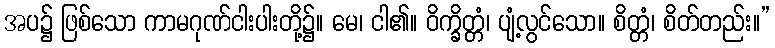
အပ၌ ဖြစ်သော ကာမဂုဏ်ငါးပါးတို့၌။ မေ၊ ငါ၏။ ဝိက္ခိတ္တံ၊ ပျံ့လွင်သော။ စိတ္တံ၊ စိတ်တည်း။”